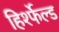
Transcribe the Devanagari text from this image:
हिर्श्फेल्ड